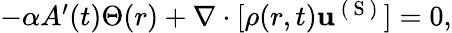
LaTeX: \begin{array}{r}{-\alpha A^{\prime}(t)\Theta(r)+\nabla\cdot[\rho(r,t)\mathbf{u}^{\mathrm{~(~S~)~}}]=0,}\end{array}